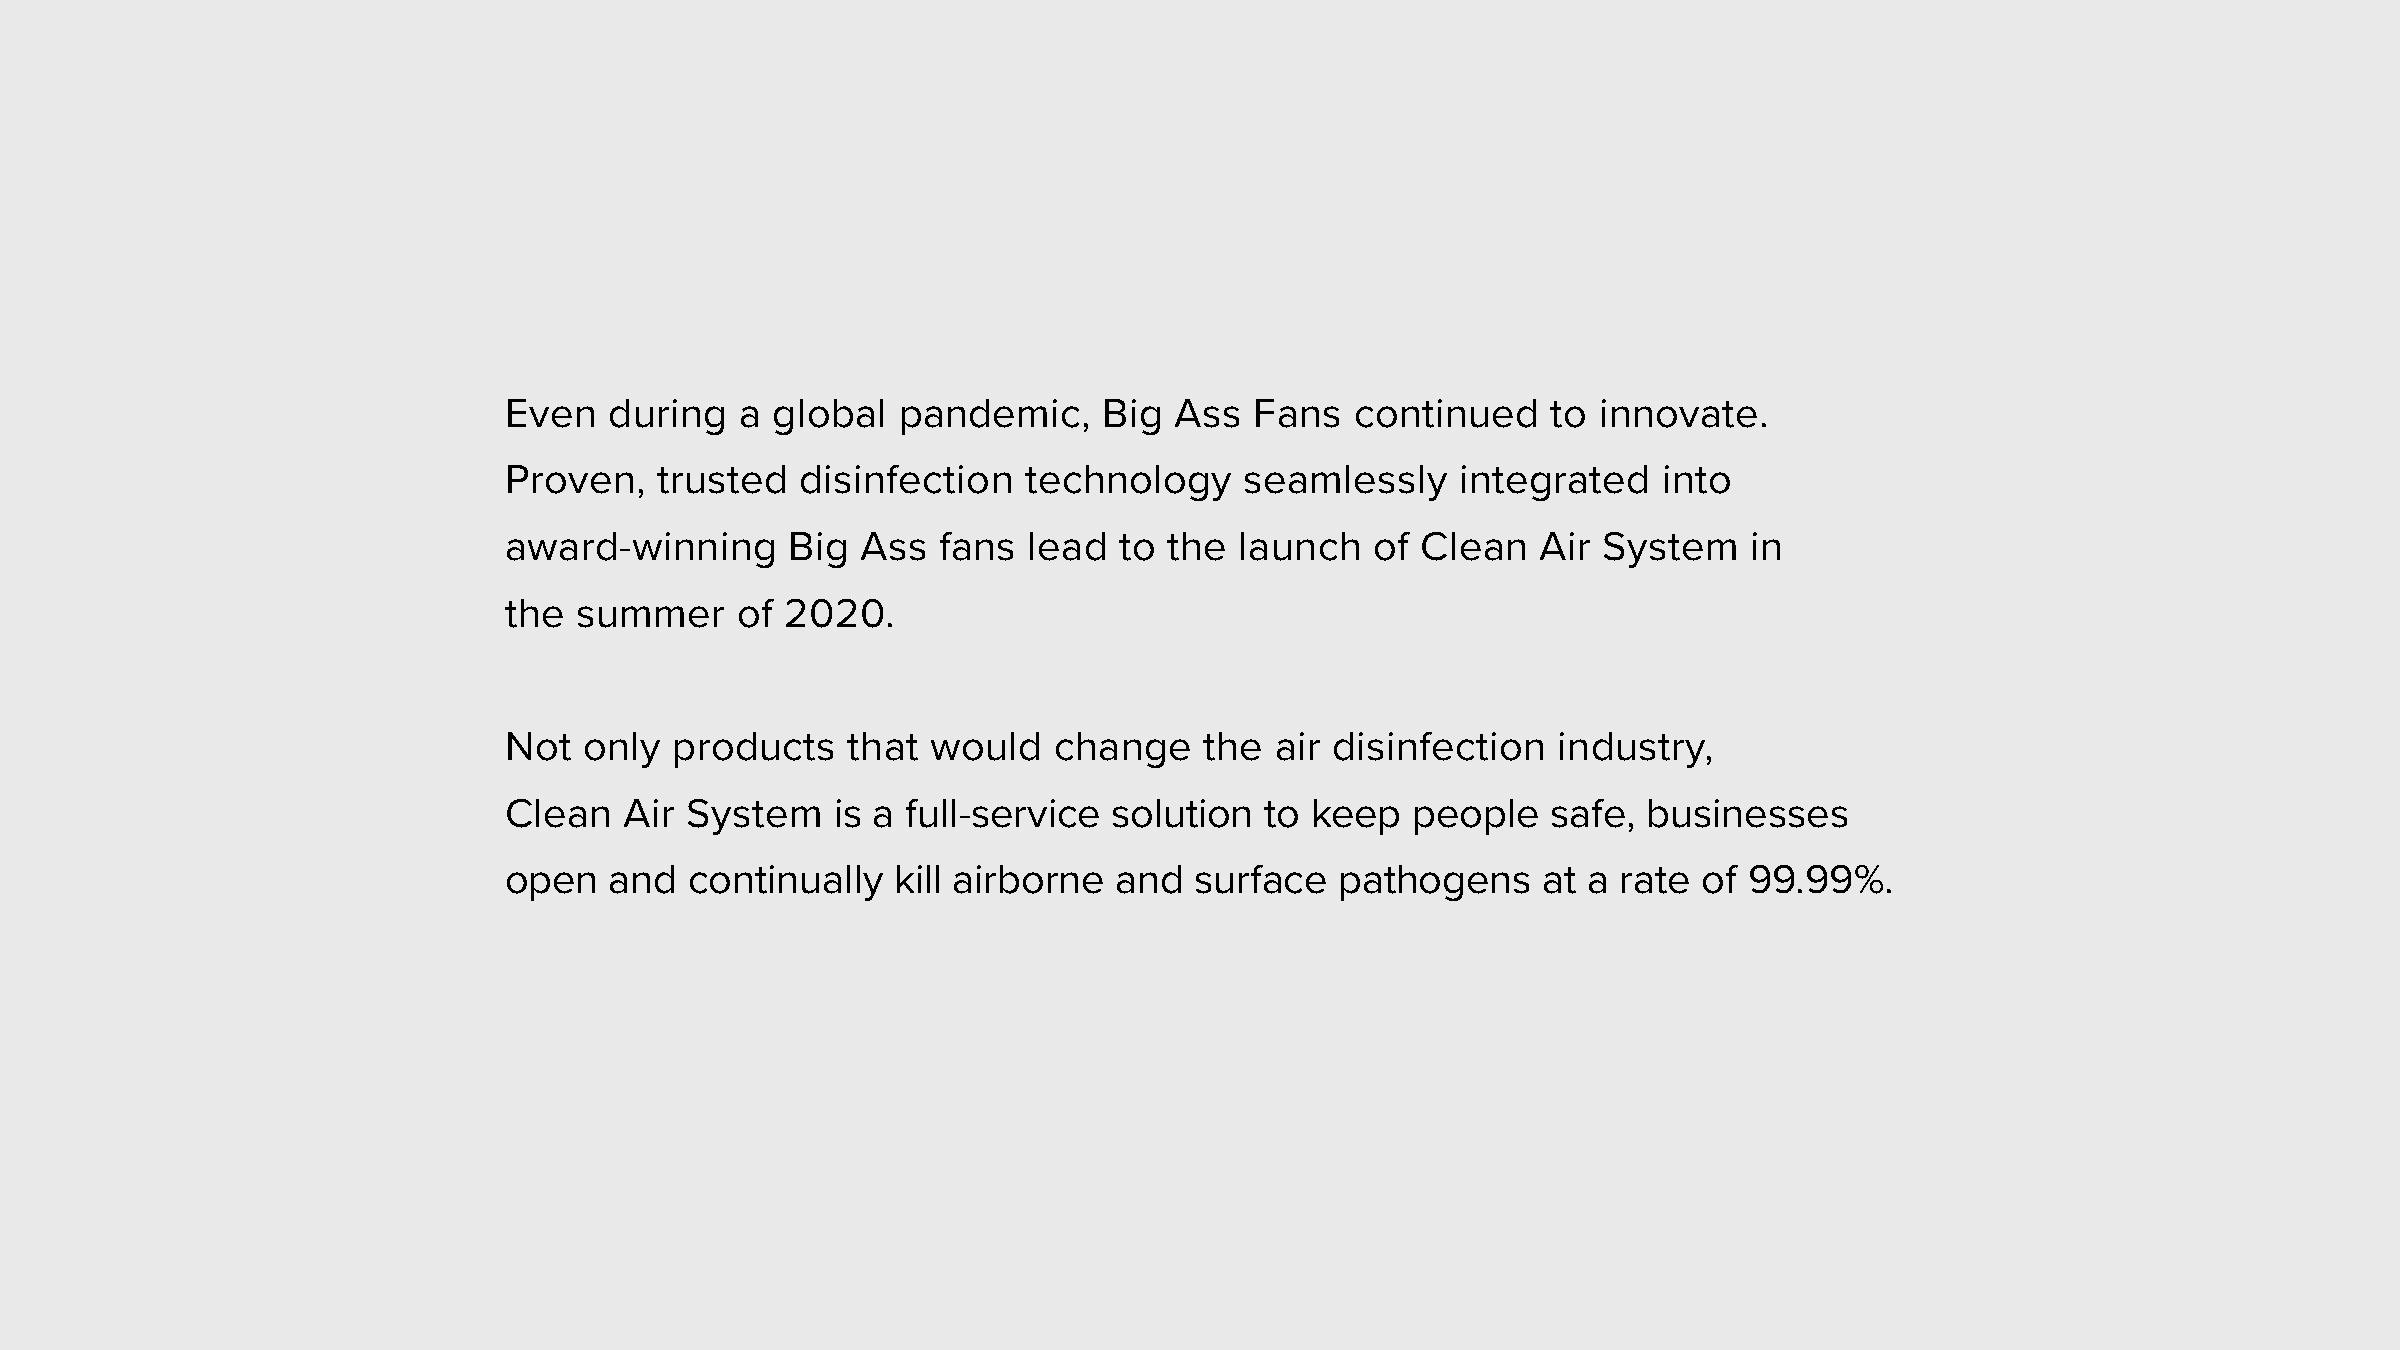
Even   during   a global  pandemic,     Big  Ass  Fans   continued    to innovate.
 Proven,    trusted  disinfection   technology    seamlessly     integrated   into
 award-winning      Big  Ass  fans  lead  to the  launch   of Clean   Air System    in
 the  summer     of 2020.
 Not   only  products   that  would   change    the air disinfection   industry,
 Clean   Air System    is a full-service  solution  to keep   people   safe, businesses
 open   and   continually  kill airborne  and  surface   pathogens    at a rate  of 99.99%.